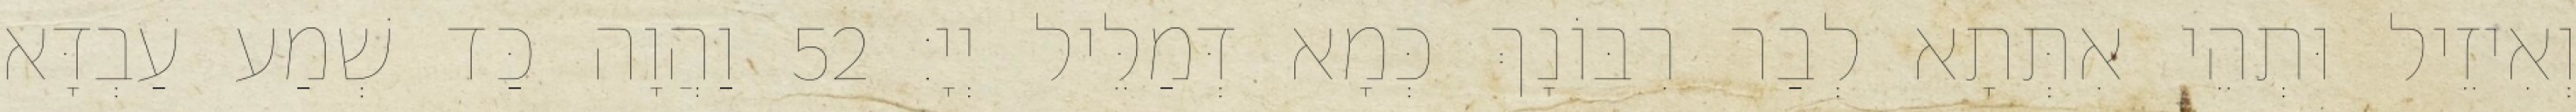
וְאִיזֵיל וּתְהֵי אִתְּתָא לְבַר רִבּוֹנָךְ כְּמָא דְּמַלֵּיל יְיָ׃ 52 וַהֲוָה כַּד שְׁמַע עַבְדָּא